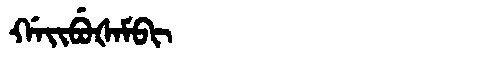
Manchu: ᡤᠠᡳᠪᡠᡧᠠᠮᠪᡳ
Romanization: GAIBUŠAMBI